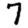
Digit: 7